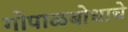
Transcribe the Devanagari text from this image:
गोपाळबोधाचे